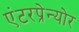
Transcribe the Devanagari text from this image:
एंटरप्रेन्योर